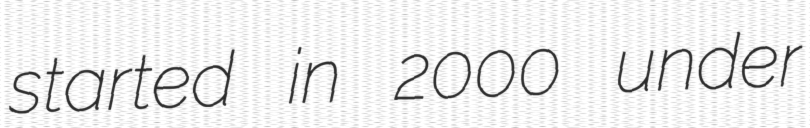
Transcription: started in 2000 under